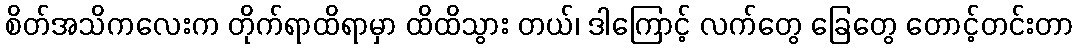
စိတ်အသိကလေးက တိုက်ရာထိရာမှာ ထိထိသွား တယ်၊ ဒါကြောင့် လက်တွေ ခြေတွေ တောင့်တင်းတာ